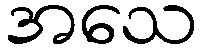
အသေ